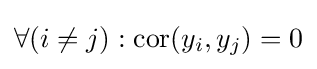
\forall (i\neq j):{\text{cor}}(y_{i},y_{j})=0